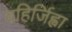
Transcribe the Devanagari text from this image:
वहिर्जिह्वा